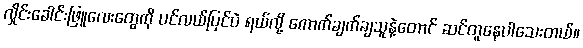
လှိုင်းခေါင်းဖြူလေးတွေကို ပင်လယ်ပြင်ပဲ ရယ်လို့ ကောက်ချက်ချသူနဲ့တောင် ဆင်တူနေပါသေးတယ်။